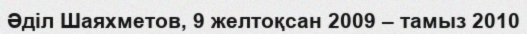
Әділ Шаяхметов, 9 желтоқсан 2009 – тамыз 2010